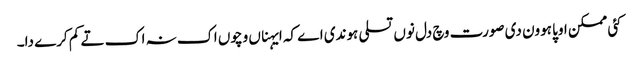
کئی ممکن اوپا ہوون دی صورت وچ دل نوں تسلی ہوندی اے کہ ایہناں وچوں اک نہ اک تے کم کرے دا۔